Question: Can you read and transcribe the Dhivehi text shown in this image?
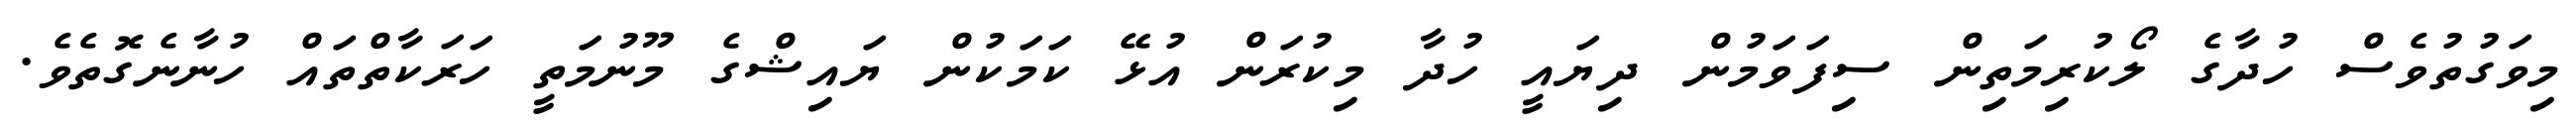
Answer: މިވަގުތުވެސް ހުދާގެ ލޯކުރިމަތިން ސިފަވަމުން ދިޔައީ ހުދާ މިކުރަން އުޅޭ ކަމަކުން ޔައިޝްގެ މޫނުމަތީ ހަރަކާތްތައް ހުނާނެގޮތެވެ.